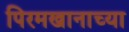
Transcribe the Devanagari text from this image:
पिरमखानाच्या